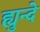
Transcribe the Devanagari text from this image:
ह्युन्दे